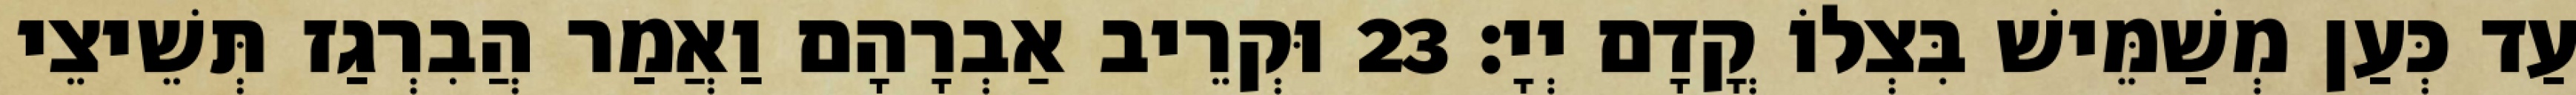
עַד כְּעַן מְשַׁמֵּישׁ בִּצְלוֹ קֳדָם יְיָ׃ 23 וּקְרֵיב אַבְרָהָם וַאֲמַר הֲבִרְגַז תְּשֵׁיצֵי